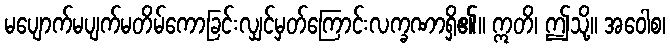
မပျောက်မပျက်မတိမ်ကောခြင်းလျှင်မှတ်ကြောင်းလက္ခဏာရှိ၏။ ဣတိ၊ ဤသို့။ အဝေါစ၊